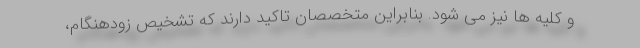
و کلیه ها نیز می شود. بنابراین متخصصان تاکید دارند که تشخیص زودهنگام،